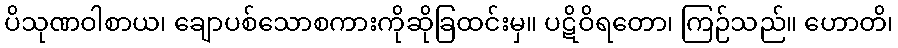
ပိသုဏဝါစာယ၊ ချောပစ်သောစကားကိုဆိုခြထင်းမှ။ ပဋိဝိရတော၊ ကြဉ်သည်။ ဟောတိ၊